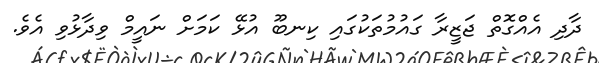
ދާދި އެއްގޮތް ޖަޒީރާ ގައުމުތަކުގައި ކިނބޫ އުޅޭ ކަމަށް ނައީމް ވިދާޅުވި އެވެ.